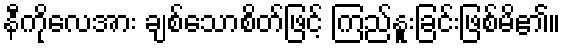
နီကိုလေအား ချစ်သောစိတ်ဖြင့် ကြည်နူးခြင်းဖြစ်မိ၏။